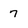
Character: 7